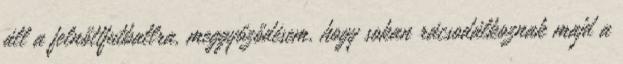
áll a felnőttfutballra, meggyőződésem, hogy sokan rácsodálkoznak majd a